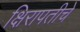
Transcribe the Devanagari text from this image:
क्षिरापतीचे